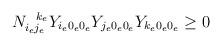
LaTeX: \begin{align*}N_{i_ej_e}^{\;\;\;k_e}Y_{i_e0_e0_e}Y_{j_e0_e0_e}Y_{k_e0_e0_e} \geq 0\end{align*}